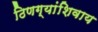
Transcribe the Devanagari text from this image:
ठिणग्यांशिवाय